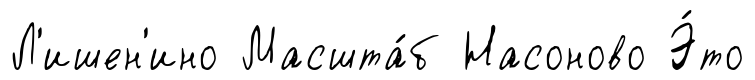
Л'ишен'ино Масшта́б Насоново Э́то